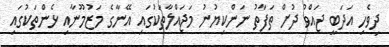
ދިވެހި އަދަބީ ޖައްވު ދުށް ތަފާތު ނަންކިޔުނު މަޖައްލާތަކުގައި އޭނާގެ މަޒުމޫނާއި ޅެންތަކުގައި